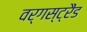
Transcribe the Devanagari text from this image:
वर्गस्ट्रैंड